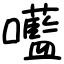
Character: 㘕